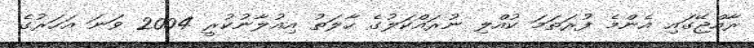
ރާއްޖޭގައި އެންމެ ފުރަތަމަ ކުއްލި ނުރައްކަލުގެ ހާލަތު އިއުލާނުކުރީ 2004 ވަނަ އަހަރުގެ